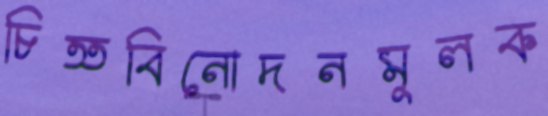
চিত্তবিনোদনমূলক